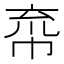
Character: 𢂙